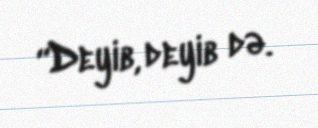
“Deyib, deyib də.